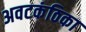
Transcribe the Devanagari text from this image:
अवटकंठिका